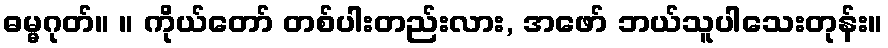
ဓမ္မဂုတ်။ ။ ကိုယ်တော် တစ်ပါးတည်းလား, အဖော် ဘယ်သူပါသေးတုန်း။